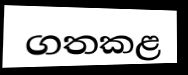
ගතකළ